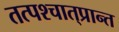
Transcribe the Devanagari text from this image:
तत्पश्‍चात्‌प्रान्त